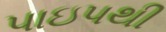
પાઇપથી